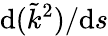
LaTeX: \mathrm{d}(\tilde{k}^{2})/\mathrm{d}s